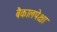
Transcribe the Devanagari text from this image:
बैकालपेक्षा